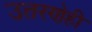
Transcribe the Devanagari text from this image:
उतरणेही